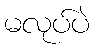
မလုပ်ပဲ